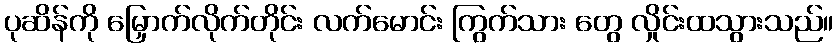
ပုဆိန်ကို မြှောက်လိုက်တိုင်း လက်မောင်း ကြွက်သား တွေ လှိုင်းထသွားသည်။